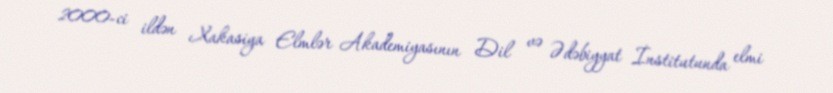
2000-ci ildən Xakasiya Elmlər Akademiyasının Dil və Ədəbiyyat İnstitutunda elmi